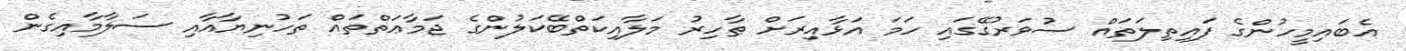
އެބައިމީހުންގެ ފައިތިލަތައް ސުވަރުގޭގައި ހަމަ އަޅާއިރަށް ޠާހިރު މަލާއިކަތްބޭކަލުންގެ ޖަމާޢަތްތައް ތަހުނިޔާއާއި ސަލާމާއިގެން